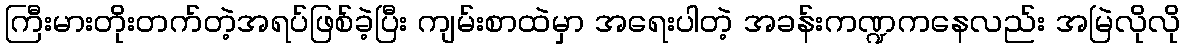
ကြီးမားတိုးတက်တဲ့အရပ်ဖြစ်ခဲ့ပြီး ကျမ်းစာထဲမှာ အရေးပါတဲ့ အခန်းကဏ္ဍကနေလည်း အမြဲလိုလို